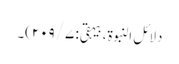
دلائل النبوۃ، بیہقی: ۷/ ۲۰۹)۔